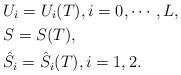
LaTeX: \begin{align*}&U_i=U_i(T),i=0,\cdots,L,\\&S=S(T),\\&\hat{S}_i=\hat{S}_i(T),i=1,2.\end{align*}